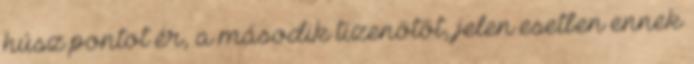
húsz pontot ér, a második tizenötöt, jelen esetben ennek